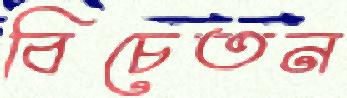
বিচেতন